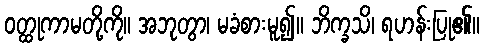
ဝတ္ထုကာမတို့ကို။ အဘုတွာ၊ မခံစားမူ၍။ ဘိက္ခသိ၊ ရဟန်းပြု၏။